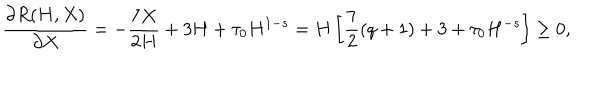
LaTeX: \frac { \partial R ( H , X ) } { \partial X } = - \frac { 7 X } { 2 H } + 3 H + \tau _ { 0 } H ^ { 1 - s } = H \left[ \frac 7 2 ( q + 1 ) + 3 + \tau _ { 0 } H ^ { - s } \right] \geq 0 ,